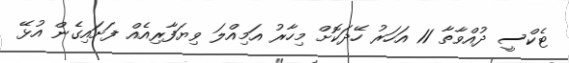
ޓެކްސީ ދުއްވާތާ 11 އަހަރު ހޭދަކޮށް މިހާރު އަމިއްލަ ވިޔަފާރިއެއް ފަށައިގެން އުޅޭ